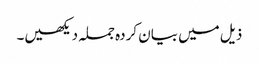
ذیل میں بیان کردہ جملہ دیکھیں۔